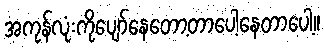
အကုန်လုံးကိုပျော်နေတော့တာပေ့ါနေတာပေါ့။